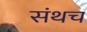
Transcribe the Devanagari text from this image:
संथच